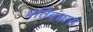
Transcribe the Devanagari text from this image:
प्रतिबंधास